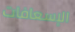
الإسعافات